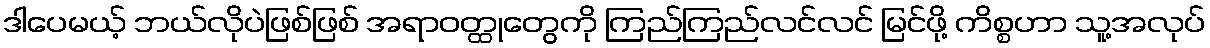
ဒါပေမယ့် ဘယ်လိုပဲဖြစ်ဖြစ် အရာဝတ္ထုတွေကို ကြည်ကြည်လင်လင် မြင်ဖို့ ကိစ္စဟာ သူ့အလုပ်